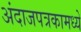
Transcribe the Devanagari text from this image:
अंदाजपत्रकामध्ये